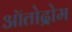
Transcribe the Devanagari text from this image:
ऑतोद्रोम